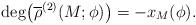
LaTeX: \begin{align*}\deg\bigl(\overline{\rho}^{(2)}({M};\phi)\bigr) = - x_M(\phi).\end{align*}